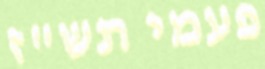
פעמי תש"ז